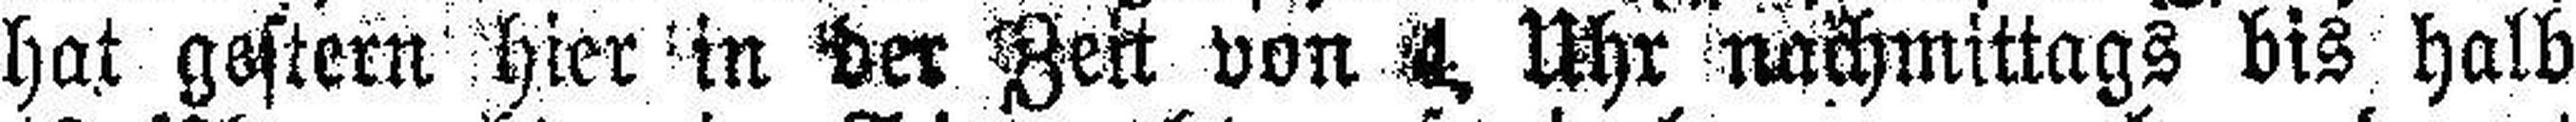
hat gestern hier in der Zen von 4. Uhr nachmittags bis halb